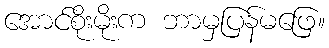
အောင်စိုးမိုးက ဘာမှပြန်မဖြေ။